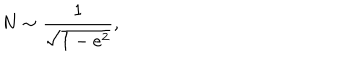
LaTeX: N \sim \frac { 1 } { \sqrt { 1 - e ^ { 2 } } } ,